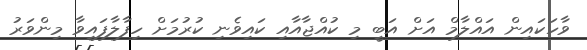
ވާހަކައިން އައްލާމް އަށް އަބީ މި ކުއްޖާއާއި ކައިވެނި ކުރުމަށް ހިފާލާފައިވާ މިންވަރު